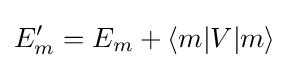
E'_{m}=E_{m}+\langle m|V|m\rangle